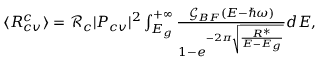
\begin{array} { r } { \langle R _ { c v } ^ { c } \rangle = \mathcal { R } _ { c } | P _ { c v } | ^ { 2 } \int _ { E _ { g } } ^ { + \infty } \frac { \mathcal { G } _ { B F } ( E - \hbar \omega ) } { 1 - e ^ { - 2 \pi \sqrt { \frac { R ^ { * } } { E - E _ { g } } } } } d E , } \end{array}